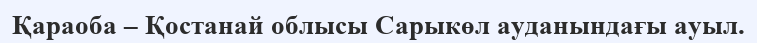
Қараоба – Қостанай облысы Сарыкөл ауданындағы ауыл.